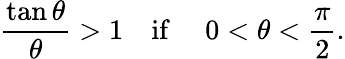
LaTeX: {\frac{\tan\theta}{\theta}}>1\quad{\mathrm{if~}}\quad 0<\theta<{\frac{\pi}{2}}.